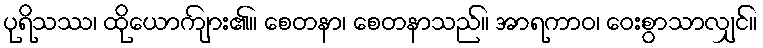
ပုရိသဿ၊ ထိုယောကျ်ား၏။ စေတနာ၊ စေတနာသည်။ အာရကာဝ၊ ဝေးစွာသာလျှင်။